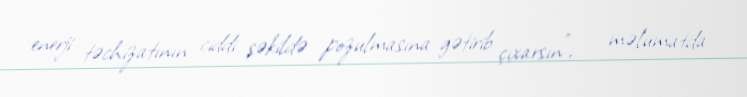
enerji təchizatının ciddi şəkildə pozulmasına gətirib çıxarsın", - məlumatda